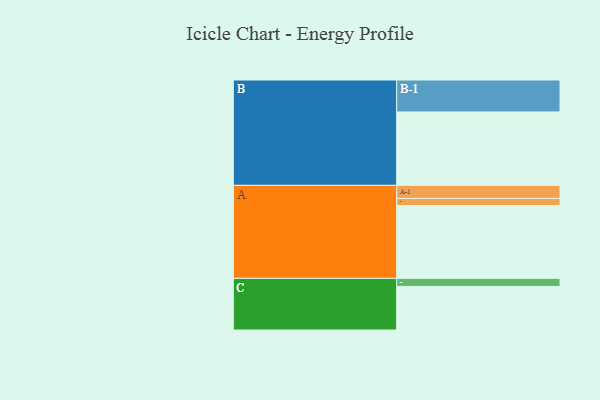
{"axis": {"x": "Segment", "y": "Value"}, "legend": ["", "A", "B", "C"], "data": [{"x": "A", "y": 595, "type": ""}, {"x": "B", "y": 600, "type": ""}, {"x": "C", "y": 356, "type": ""}, {"x": "A-1", "y": 107, "type": "A"}, {"x": "A-2", "y": 58, "type": "A"}, {"x": "B-1", "y": 261, "type": "B"}, {"x": "C-1", "y": 66, "type": "C"}]}